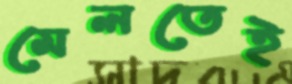
মেলতেই